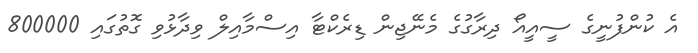
އެ ކުންފުނީގެ ސީއީއޯ ދިރާގުގެ މެނޭޖިން ޑިރެކްޓާ އިސްމާއިލް ވިދާޅުވި ގޮތުގައި 800000